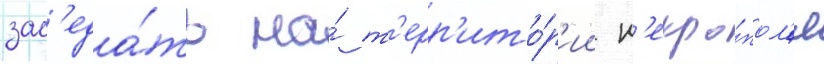
зас'еда́ть на́ т'ерр'ито́р'ии н'екро́пол'я